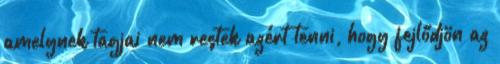
amelynek tagjai nem restek azért tenni, hogy fejlődjön az